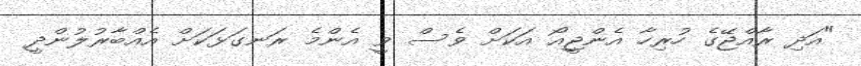
"އަދި ރާއްޖޭގެ ހުރިހާ އެންޖީއޯ އަކަށް ވެސް ވީ އެންމެ ރަނގަޅަކަށް އެއްބާރުލުންދީ